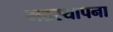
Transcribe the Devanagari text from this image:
मठस्थापना